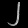
Digit: ၂